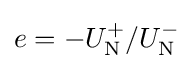
e=-{U_{\rm {N}}^{+}}/{U_{\rm {N}}^{-}}